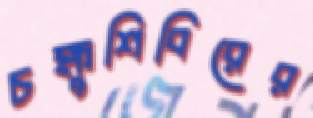
চক্ষুশিবিরের